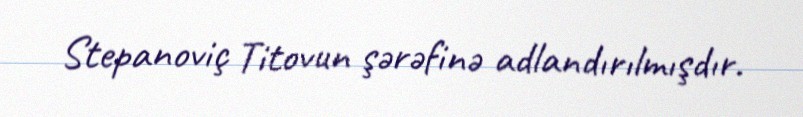
Stepanoviç Titovun şərəfinə adlandırılmışdır.